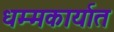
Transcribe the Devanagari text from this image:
धम्मकार्यात